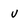
Character: v